Specificity of antivenomous sera, with special reference to a serum prepared with the venom of Daboia russellii - Number 16
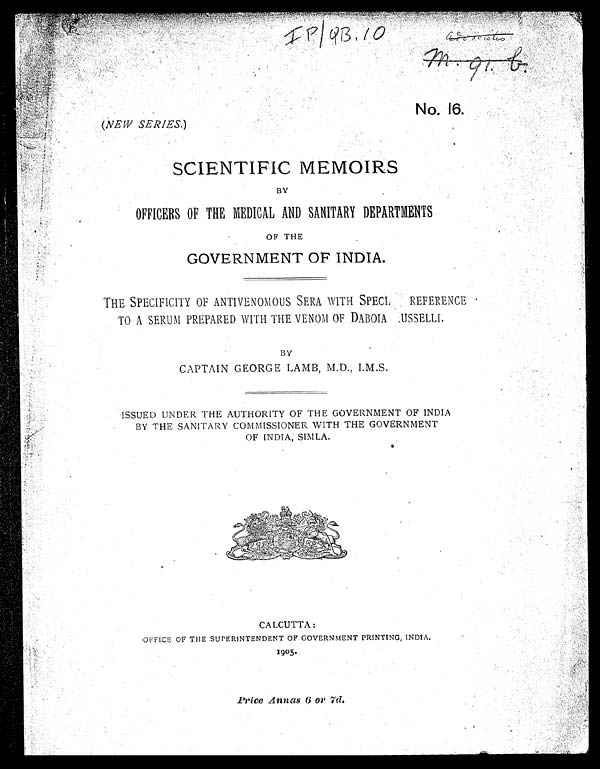
I P / Q B , 1 0
No. 16.
(NEW SERIES. )
SCIENTIFIC MEMOIRS
BY
OFFICERS OF THE MEDICAL AND SANITARY DEPARTMENTS
OF THE
GOVERNMENT OF INDIA.
THE SPECIFICITY OF ANTIVENOMOUS SERA WITH SPECIAL REFERENCE
TO A SERUM PREPARED WITH THE VENOM OF DABOIA RUSSELLI.
BY
CAPTAIN GEORGE LAMB, M.D., I.M.S.
ISSUED UNDER THE AUTHORITY OF THE GOVERNMENT OF INDIA
BY THE SANITARY COMMISSIONER WITH THE GOVERNMENT
OF INDIA, SIMLA.
CALCUTTA :
OFFICE OF THE SUPERINTENDENT OF GOVERNMENT PRINTING, INDIA.
1905.
Price Annas 6 or 7d.